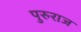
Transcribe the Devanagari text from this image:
पुरुराज